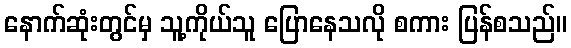
နောက်ဆုံးတွင်မှ သူ့ကိုယ်သူ ပြောနေသလို စကား ပြန်စသည်။